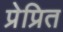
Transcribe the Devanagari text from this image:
प्रेप्रित